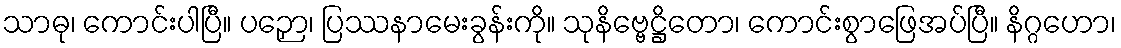
သာဓု၊ ကောင်းပါပြီ။ ပဉှော၊ ပြဿနာမေးခွန်းကို။ သုနိဗ္ဗေဋ္ဌိတော၊ ကောင်းစွာဖြေအပ်ပြီ။ နိဂ္ဂဟော၊